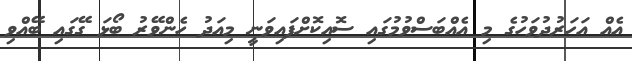
އެއް އަހަރުދުވަހުގެ މި އެއްބަސްވުމުގައި ސޮއިކޮށްފައިވަނީ މިއަދު ހެންވޭރު ބޯޅަ ގޭގައި ބޭއްވި